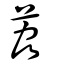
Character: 荔